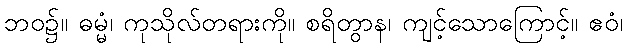
ဘဝ၌။ ဓမ္မံ၊ ကုသိုလ်တရားကို။ စရိတွာန၊ ကျင့်သောကြောင့်။ ဧဝံ၊